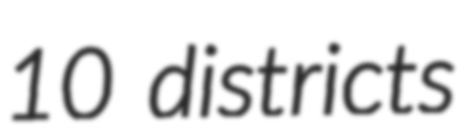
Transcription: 10 districts